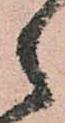
之